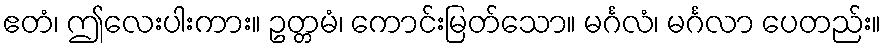
ဧတံ၊ ဤလေးပါးကား။ ဥတ္တမံ၊ ကောင်းမြတ်သော။ မင်္ဂလံ၊ မင်္ဂလာ ပေတည်း။